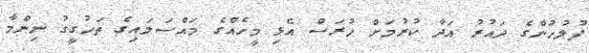
ފުލުހުންގެ ދައުރު އަދާ ކުރުމަށް ހުރަސް އެޅި މީހެއްގެ މައްސަލައިގެ ތަހުގީގު ނިންމާ